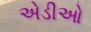
એડીઓ